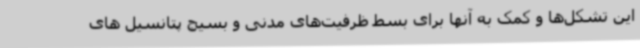
این تشکل‌ها و کمک به آنها برای بسط ظرفیت‌های مدنی و بسیج پتانسیل های